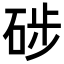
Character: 𥒼